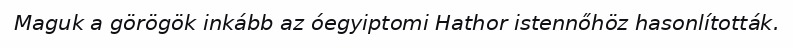
Maguk a görögök inkább az óegyiptomi Hathor istennőhöz hasonlították.